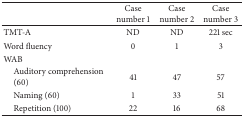
<table><thead><tr><td><b> </b></td><td><b>Case number 1</b></td><td><b>Case number 2</b></td><td><b>Case number 3</b></td></tr></thead><tbody><tr><td>TMT-A</td><td>ND</td><td>ND</td><td>221 sec</td></tr><tr><td>Word fluency</td><td>0</td><td>1</td><td>3</td></tr><tr><td>WAB</td><td> </td><td> </td><td> </td></tr><tr><td> Auditory comprehension (60)</td><td>41</td><td>47</td><td>57</td></tr><tr><td> Naming (60)</td><td>1</td><td>33</td><td>51</td></tr><tr><td> Repetition (100)</td><td>22</td><td>16</td><td>68</td></tr></tbody></table>